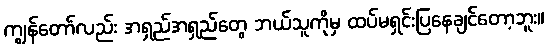
ကျွန်တော်လည်း အရှည်အရှည်တွေ ဘယ်သူကိုမှ ထပ်မရှင်းပြနေချင်တော့ဘူး။